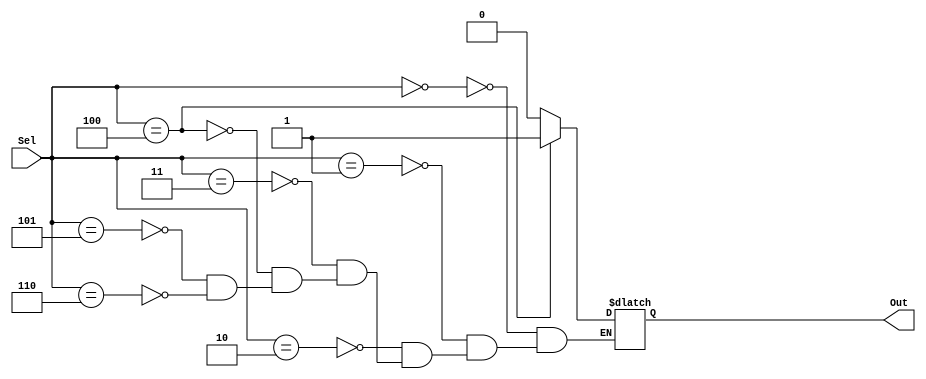
`timescale 1ns / 1ps
//////////////////////////////////////////////////////////////////////////////////
// Company: 
// Engineer: 
// 
// Design Name: 
// Module Name: mux1n1
// Project Name: 
// Target Devices: 
// Tool Versions: 
// Description: 
// 
// Dependencies: 
// 
// Revision:
// Revision 0.01 - File Created
// Additional Comments:
// 
//////////////////////////////////////////////////////////////////////////////////


module mux1n1(
       input [2:0]Sel,
       output reg Out
    );


     always @* begin
    case(Sel)
        3'b000: Out = 1'b0;
        3'b001: Out = 1'b0;
        3'b010: Out = 1'b0;
        3'b011: Out = 1'b0;
        3'b100: Out = 1'b1;
        3'b101: Out = 1'b0; 
        3'b110: Out = 1'b0;
    endcase
    end
    
endmodule